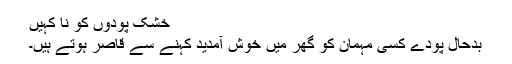
خشک پودوں کو نا کہیں
بدحال پودے کسی مہمان کو گھر میں خوش آمدید کہنے سے قاصر ہوتے ہیں۔